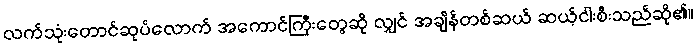
လက်သုံးတောင်ဆုပ်လောက် အကောင်ကြီးတွေဆို လျှင် အချိန်တစ်ဆယ် ဆယ့်ငါးစီးသည်ဆို၏။